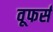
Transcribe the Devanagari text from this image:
वूफर्स